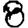
Digit: 8